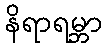
နိရာရမ္ဘာ